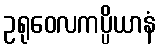
ဥရုဝေလကပ္ပိယာနံ